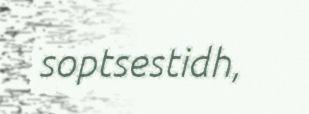
soptsestidh,